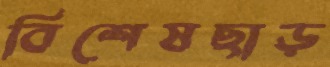
বিশেষছাড়